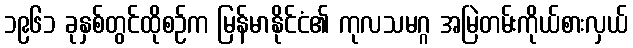
၁၉၆၁ ခုနှစ်တွင်ထိုစဉ်က မြန်မာနိုင်ငံ၏ ကုလသမဂ္ဂ အမြဲတမ်းကိုယ်စားလှယ်